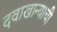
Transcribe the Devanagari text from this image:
दवाखान्याची